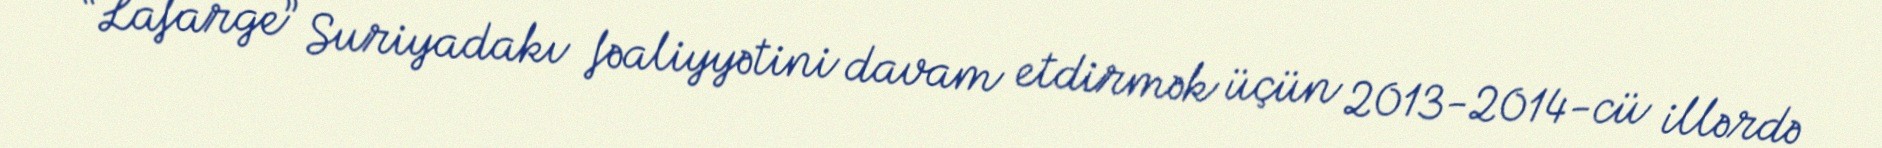
“Lafarge” Suriyadakı fəaliyyətini davam etdirmək üçün 2013-2014-cü illərdə